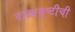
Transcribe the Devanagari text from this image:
नाट्यसृष्‍टीची